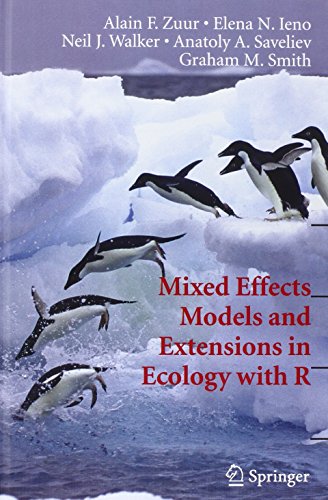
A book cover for Mixed Effects Models and Extensions in Ecology with R (Statistics for Biology and Health); Alain Zuur; Medical Books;